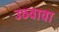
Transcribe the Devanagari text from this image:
उठवावा